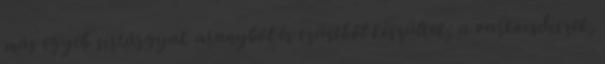
más egyéb sírtárgyak aranyból és ezüstből készültek; a varkocsdíszek,